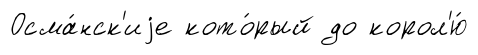
Осма́нск'иjе кото́рый до корол'ю́